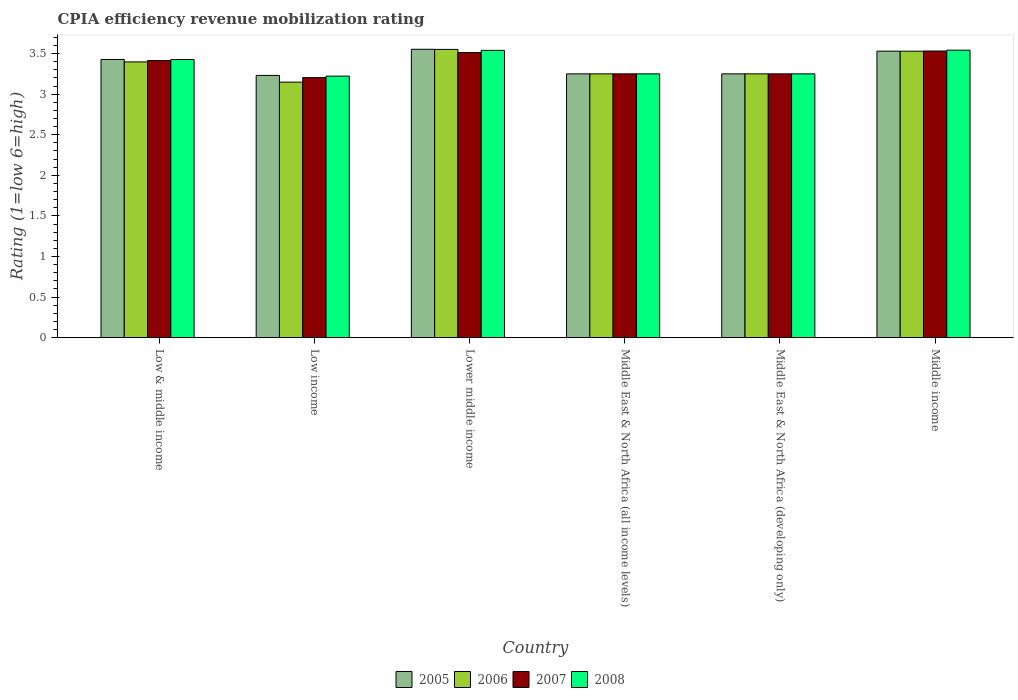
| Country | 2005 | 2006 | 2007 | 2008 |
 | --- | --- | --- | --- | --- |
 | Low & middle income | 3.43 | 3.4 | 3.41 | 3.43 |
 | Low income | 3.23 | 3.15 | 3.2 | 3.22 |
 | Lower middle income | 3.55 | 3.55 | 3.51 | 3.54 |
 | Middle East & North Africa (all income levels) | 3.25 | 3.25 | 3.25 | 3.25 |
 | Middle East & North Africa (developing only) | 3.25 | 3.25 | 3.25 | 3.25 |
 | Middle income | 3.53 | 3.53 | 3.53 | 3.54 |